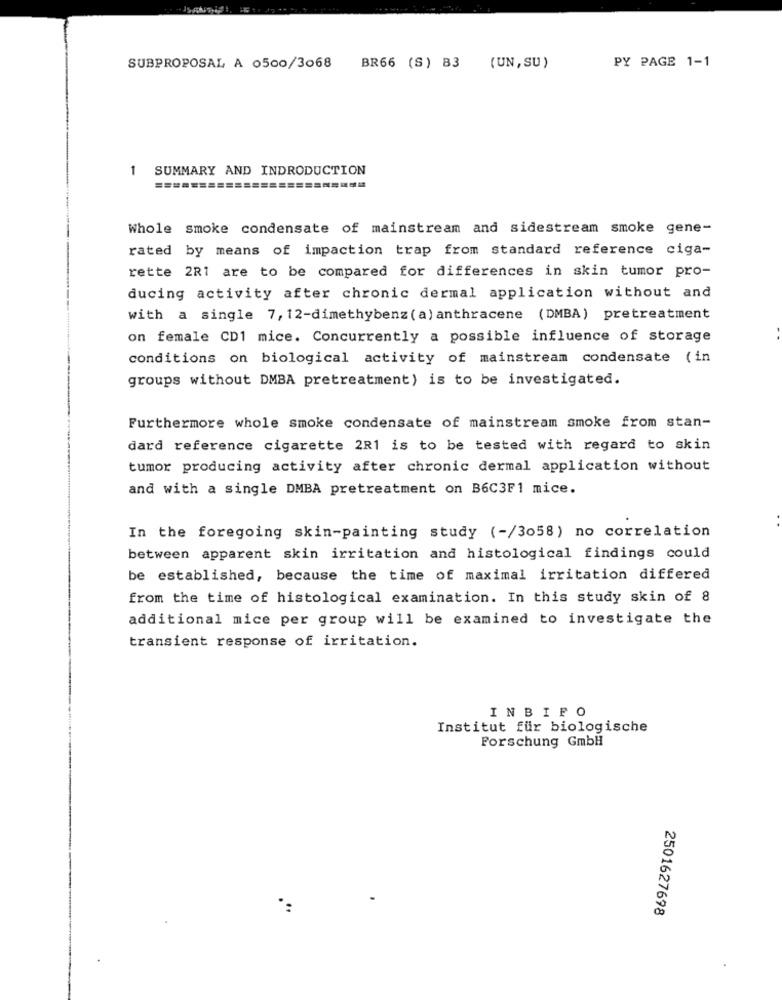
PY PAGE 1-1
SUBPROPOSAL A 0500/3068
BR66 (S) B3 (UN, SU )
1
SUMMARY AND INDRODUCTION
Whole smoke condensate of mainstream and sidestream smoke gene-
rated by means of impaction trap from standard reference ciga-
rette 221 are to be compared for differences in skin tumor pro-
ducing activity after chronic dermal application without and
with a single 7, 12-dimethybenz ( a) anthracene (DMBA) pretreatment
on female CD1 mice. Concurrently a possible influence of storage
conditions on biological activity of mainstream condensate (in
groups without DMBA pretreatment) is to be investigated.
Furthermore whole smoke condensate of mainstream smoke from stan-
dard reference cigarette 2R1 is to be tested with regard to skin
tumor producing activity after chronic dermal application without
and with a single DMBA pretreatment on B6C3F1 mice.
In the foregoing skin-painting study (-/3058) no correlation
between apparent skin irritation and histological findings could
be established, because the time of maximal irritation differed
from the time of histological examination. In this study skin of 8
additional mice per group will be examined to investigate the
transient response of irritation.
INBIFO
Institut für biologische
Forschung GmbH
2501627698